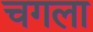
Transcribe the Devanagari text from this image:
चगला